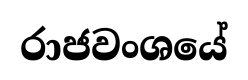
රාජවංශයේ